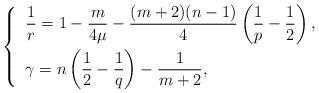
LaTeX: \begin{align*}\left\{ \enspace\begin{aligned} & \frac 1 r = 1-\frac m {4\mu} -\frac {(m+2)(n-1)} 4 \left( \frac 1 p -\frac 1 2 \right), \\ & \gamma=n \left(\frac 1 2 - \frac 1 q \right) - \frac 1 {m+2}, \\\end{aligned}\right.\end{align*}